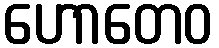
ဟောတေဝ